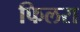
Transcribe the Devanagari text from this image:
फिलरा